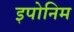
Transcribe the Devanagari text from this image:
इपोनिम